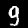
Digit: 9